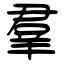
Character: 羣